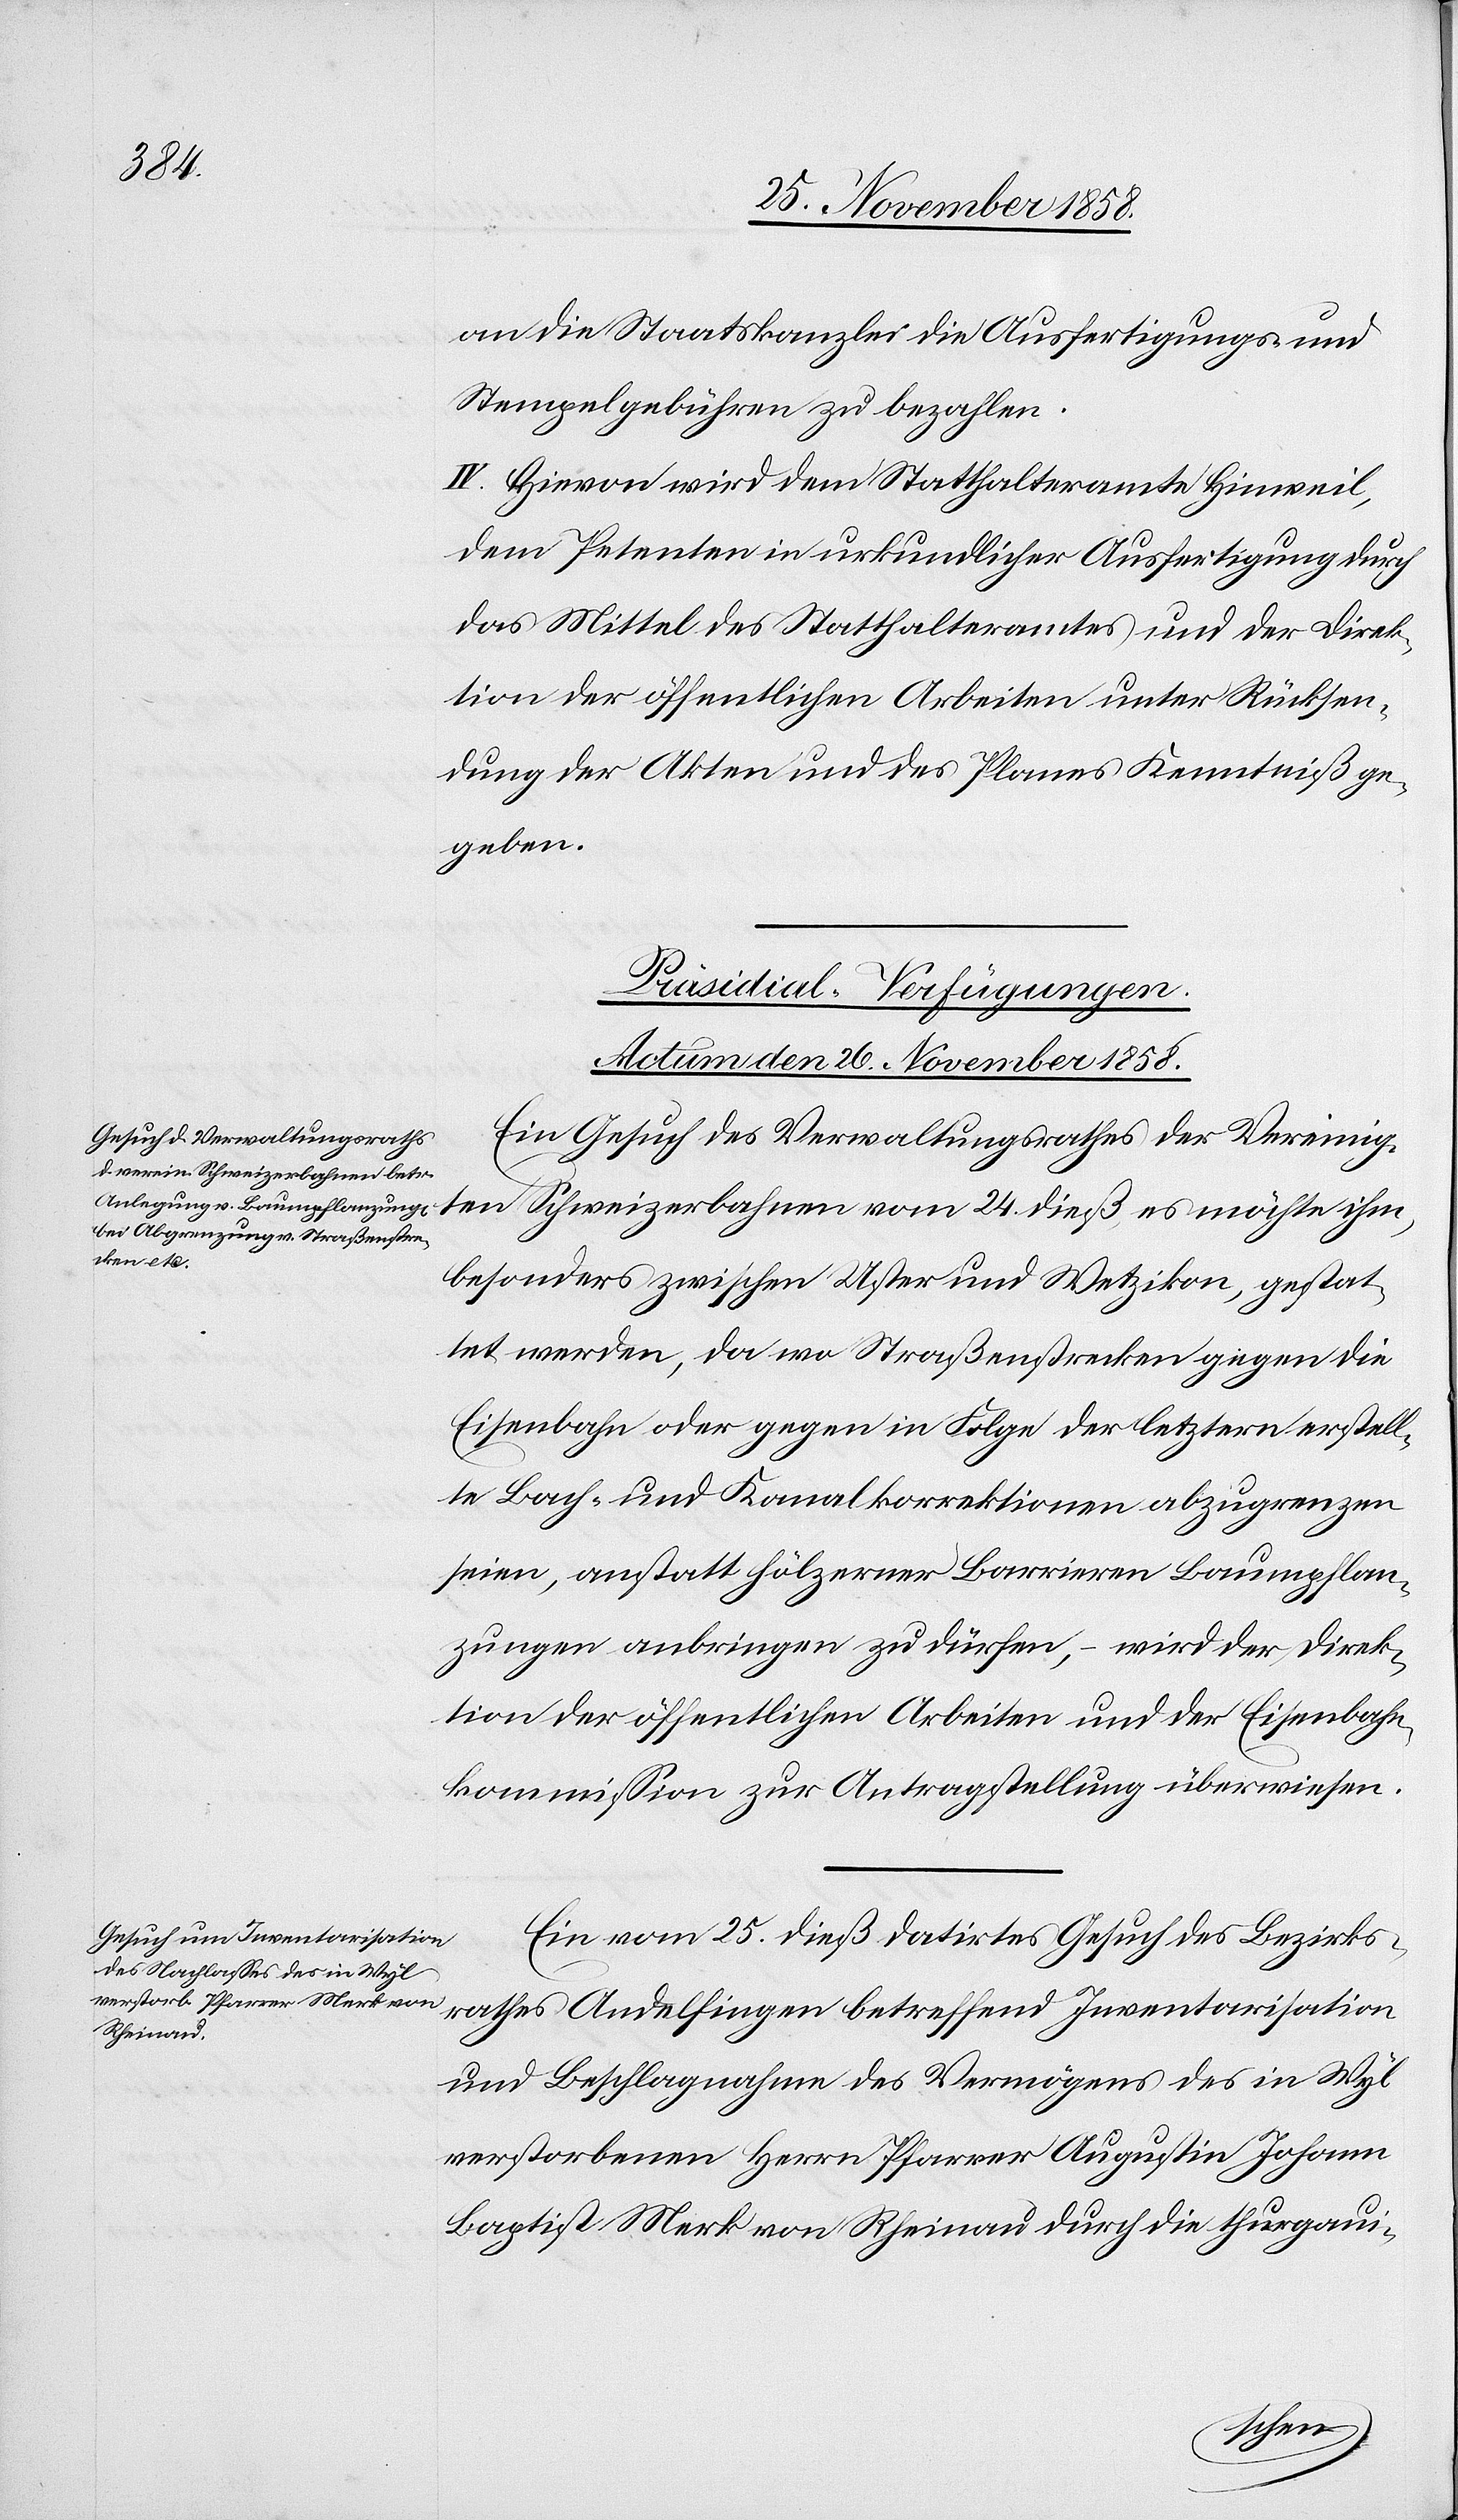
an die Staatskanzlei die Ausfertigungs- und
Stempelgebühren zu bezahlen.
IV. Hievon wird dem Statthalteramte Hinweil,
dem Petenten in urkundlicher Ausfertigung durch
das Mittel des Statthalteramtes und der Direk¬
tion der öffentlichen Arbeiten unter Rücksen¬
dung der Akten und des Planes Kenntniß ge¬
geben.
[Präsidial-Verfügungen.
Actum den 26. November 1858.]
Ein Gesuch des Verwaltungsrathes der Vereinig¬
24. dieß, es möchte ihm,
besonders zwischen Uster und Wetzikon, gestat¬
tet werden, da wo Straßenstrecken gegen die
Eisenbahn oder gegen in Folge der letztern erstell¬
te Bach- und Kanalkorrektionen abzugrenzen
seien, anstatt hölzerner Barrieren Baumpflan¬
zungen anbringen zu dürfen, – wird der Direk¬
tion der öffentlichen Arbeiten und der Eisenbahn¬
kommission zur Antragstellung überwiesen.
Ein vom 25. dieß datirtes Gesuch des Bezirks¬
rathes Andelfingen betreffend Inventarisation
und Beschlagnahme des Vermögens des in Wyl
verstorbenen Herrn Pfarrer Augustin Johann
Baptist Merk von Rheinau durch die thurgaui-